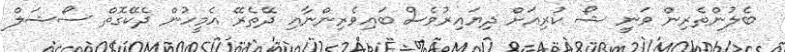
ބެލުންތެރިން ވަނީ ޝޯ ކުރިއަށް ދިޔައިރުވެސް ބައިވެރިންނާއި ދޭތެރޭ އެމީހުން ދެކޭގޮތް ސޯޝަލް